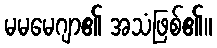
မမမေဂျာ၏ အသံဖြစ်၏။